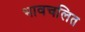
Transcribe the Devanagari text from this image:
भावचलित